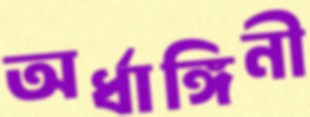
অর্ধাঙ্গিনী